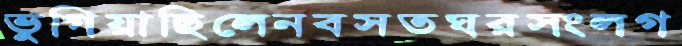
ভুগিয়াছিলেনবসতঘরসংলগ